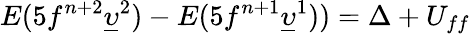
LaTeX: E(5f^{n+2}\underline{{\upsilon}}^{2})-E(5f^{n+1}\underline{{\upsilon}}^{1}))=\Delta+U_{ff}